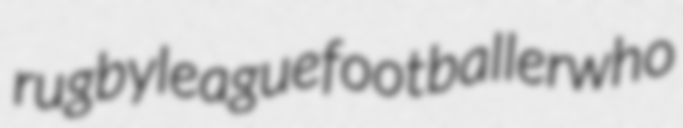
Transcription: rugby league footballer who